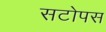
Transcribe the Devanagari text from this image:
सटोपस